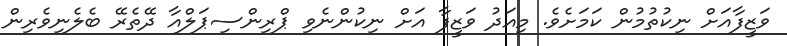
ވަޒީފާއަށް ނިކުތުމުން ކަމަށެވެ. މިއަދު ވަޒީފާ އަށް ނިކުންނެވި ޕްރިންސިޕަލްއާ ދޭތެރޭ ބެލެނިވެރިން